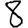
Digit: 8